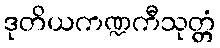
ဒုတိယကဏ္ဍကီသုတ္တံ